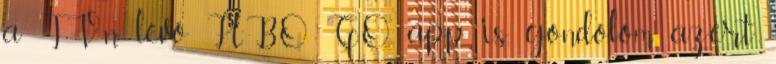
a TV-n lévő HBO GO app is, gondolom azért